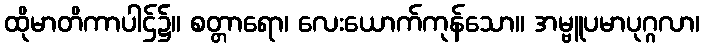
ထိုမာတိကာပါဌ်၌။ စတ္တာရော၊ လေးယောက်ကုန်သော။ အမ္ဗူပမာပုဂ္ဂလာ၊